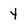
Character: 4